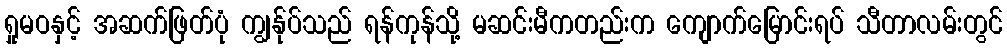
ရှုမဝနှင့် အဆက်ဖြတ်ပုံ ကျွန်ုပ်သည် ရန်ကုန်သို့ မဆင်းမီကတည်းက ကျောက်မြောင်းရပ် သီတာလမ်းတွင်